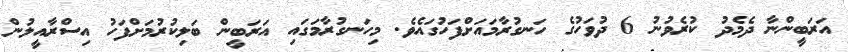
އަރަބީންނާ ދެމެދު ކުރެވުނު 6 ދުވަހުގެ ހަނގުރާމައަށްފަހުގައެވެ. މިހަނގުރާމަގައި އަރަބީން ބަލިކުރުމަށްފަހު އިސްރާއީލުން